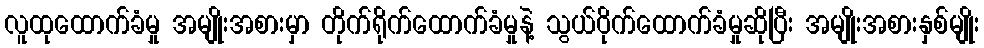
လူထုထောက်ခံမှု အမျိုးအစားမှာ တိုက်ရိုက်ထောက်ခံမှုနဲ့ သွယ်ဝိုက်ထောက်ခံမှုဆိုပြီး အမျိုးအစားနှစ်မျိုး